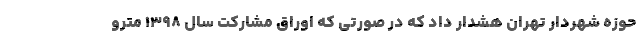
حوزه شهردار تهران هشدار داد که در صورتی که اوراق مشارکت سال ۱۳۹۸ مترو